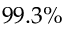
9 9 . 3 \%